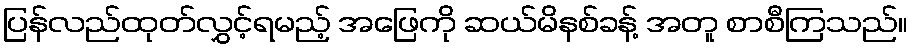
ပြန်လည်ထုတ်လွှင့်ရမည့် အဖြေကို ဆယ်မိနစ်ခန့် အတူ စာစီကြသည်။